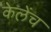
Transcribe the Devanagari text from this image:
केलेंच